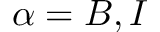
\alpha = B , I